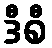
ဒီစီ